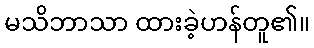
မသိဘာသာ ထားခဲ့ဟန်တူ၏။